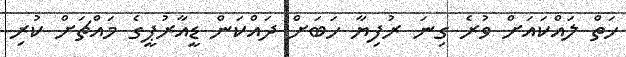
ހަތް ލައްކައަށް ވުރެ ގިނަ ރުފިޔާ ހަބަށް ދައްކަން ޑީއާރުޕީގެ މައްޗަށް ކުރި